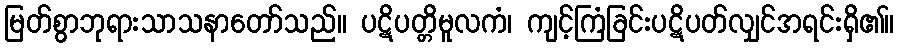
မြတ်စွာဘုရားသာသနာတော်သည်။ ပဋိပတ္တိမူလကံ၊ ကျင့်ကြံခြင်းပဋိပတ်လျှင်အရင်းရှိ၏။